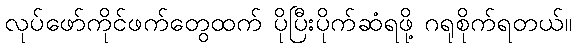
လုပ်ဖော်ကိုင်ဖက်တွေထက် ပိုပြီးပိုက်ဆံရဖို့ ဂရုစိုက်ရတယ်။